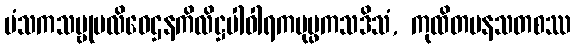
မံသကသမ္ဗုပလိဝေဌနကိလိဋ္ဌပါဝါရကပုပ္ဖကသဒိသံ, ကုထိတပနသတစဿ